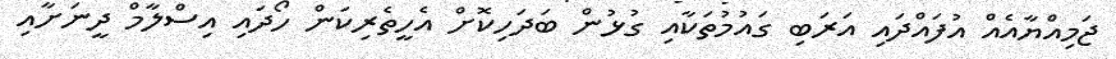
ޖަމިއްޔާއެއް އުފައްދައި އަރަބި ގައުމުތަކާއި ގުޅުން ބަދަހިކޮށް އެހީތެރިކަން ހޯދައި އިސްލާމް ދީނަށާއި